Civil Veterinary Department. Central Provinces & Berar 1932-41 - 1932-1941
Year: 1932
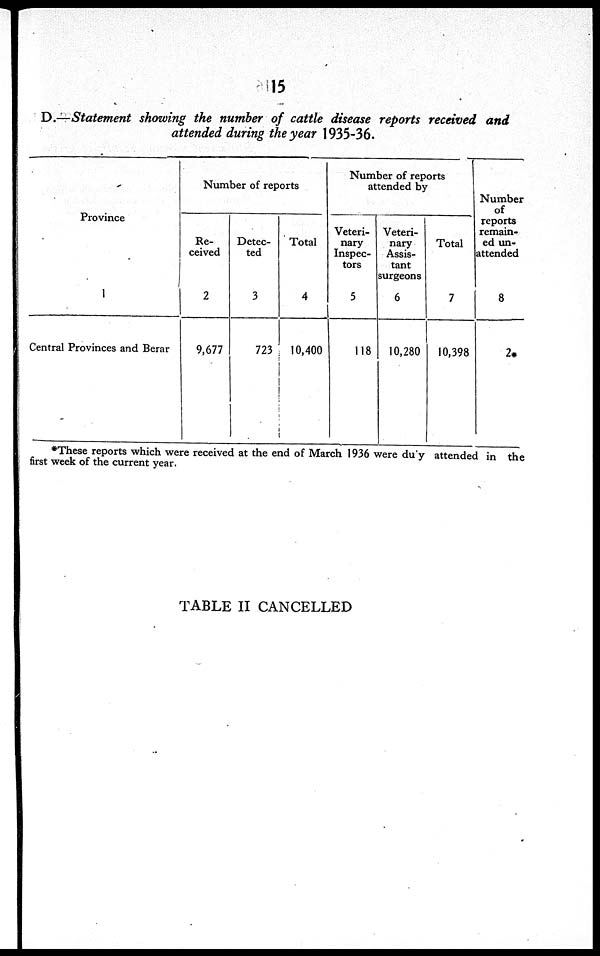
15
D.—Statement showing the number of cattle disease reports received and
attended during the year 1935-36.
Province
Central Provinces and Berar
Number of reports
Re-
ceived
2
9,677
Detec-
ted
3
723
Total
4
10,400
Number of reports
attended by
Veteri-
nary
Inspec-
tors
5
118
Veteri-
nary
Assis-
tant
surgeons
6
10,280
Total
7
10,398
Number
of
reports
remain-
ed un-
attended
8
2*
*These reports which were received at the end of March 1936 were duy attended in the
first week of the current year.
TABLE II CANCELLED